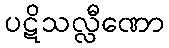
ပဋိသလ္လီဏော